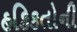
હકિકતોની